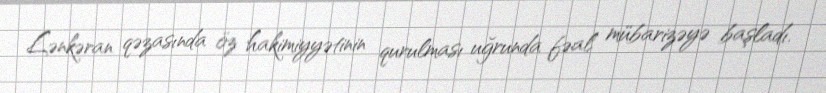
Lənkəran qəzasında öz hakimiyyətinin qurulması uğrunda fəal mübarizəyə başladı.